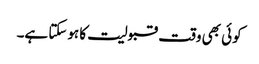
کوئی بھی وقت قبولیت کا ہوسکتا ہے۔